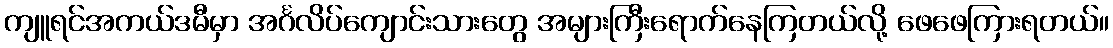
ကျူရင်အကယ်ဒမီမှာ အင်္ဂလိပ်ကျောင်းသားတွေ အများကြီးရောက်နေကြတယ်လို့ ဖေဖေကြားရတယ်။